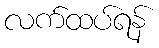
လက်ထပ်ရန်